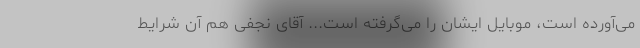
می‌آورده است، موبایل ایشان را می‌گرفته است... آقای نجفی هم آن شرایط